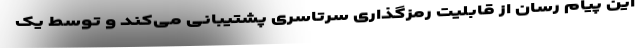
این پیام‌ رسان از قابلیت رمزگذاری سرتاسری پشتیبانی می‌کند و توسط یک